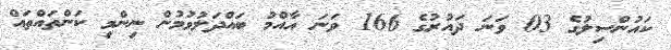
ކައުންސިލުގެ 03 ވަނަ ދައުރުގެ 166 ވަނަ އާއްމު ބައްދަލުވުމުން ނިންމި ކަންތައްތައް